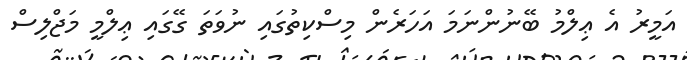
އަމީރު އެ ޢިލްމު ބޭނުންނަމަ އަހަރެން މިސްކިތުގައި ނުވަތަ ގޭގައި ޢިލްމީ މަޖްލިސް